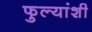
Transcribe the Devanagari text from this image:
फुल्यांशी